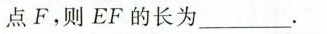
点F，则EF的长为___。